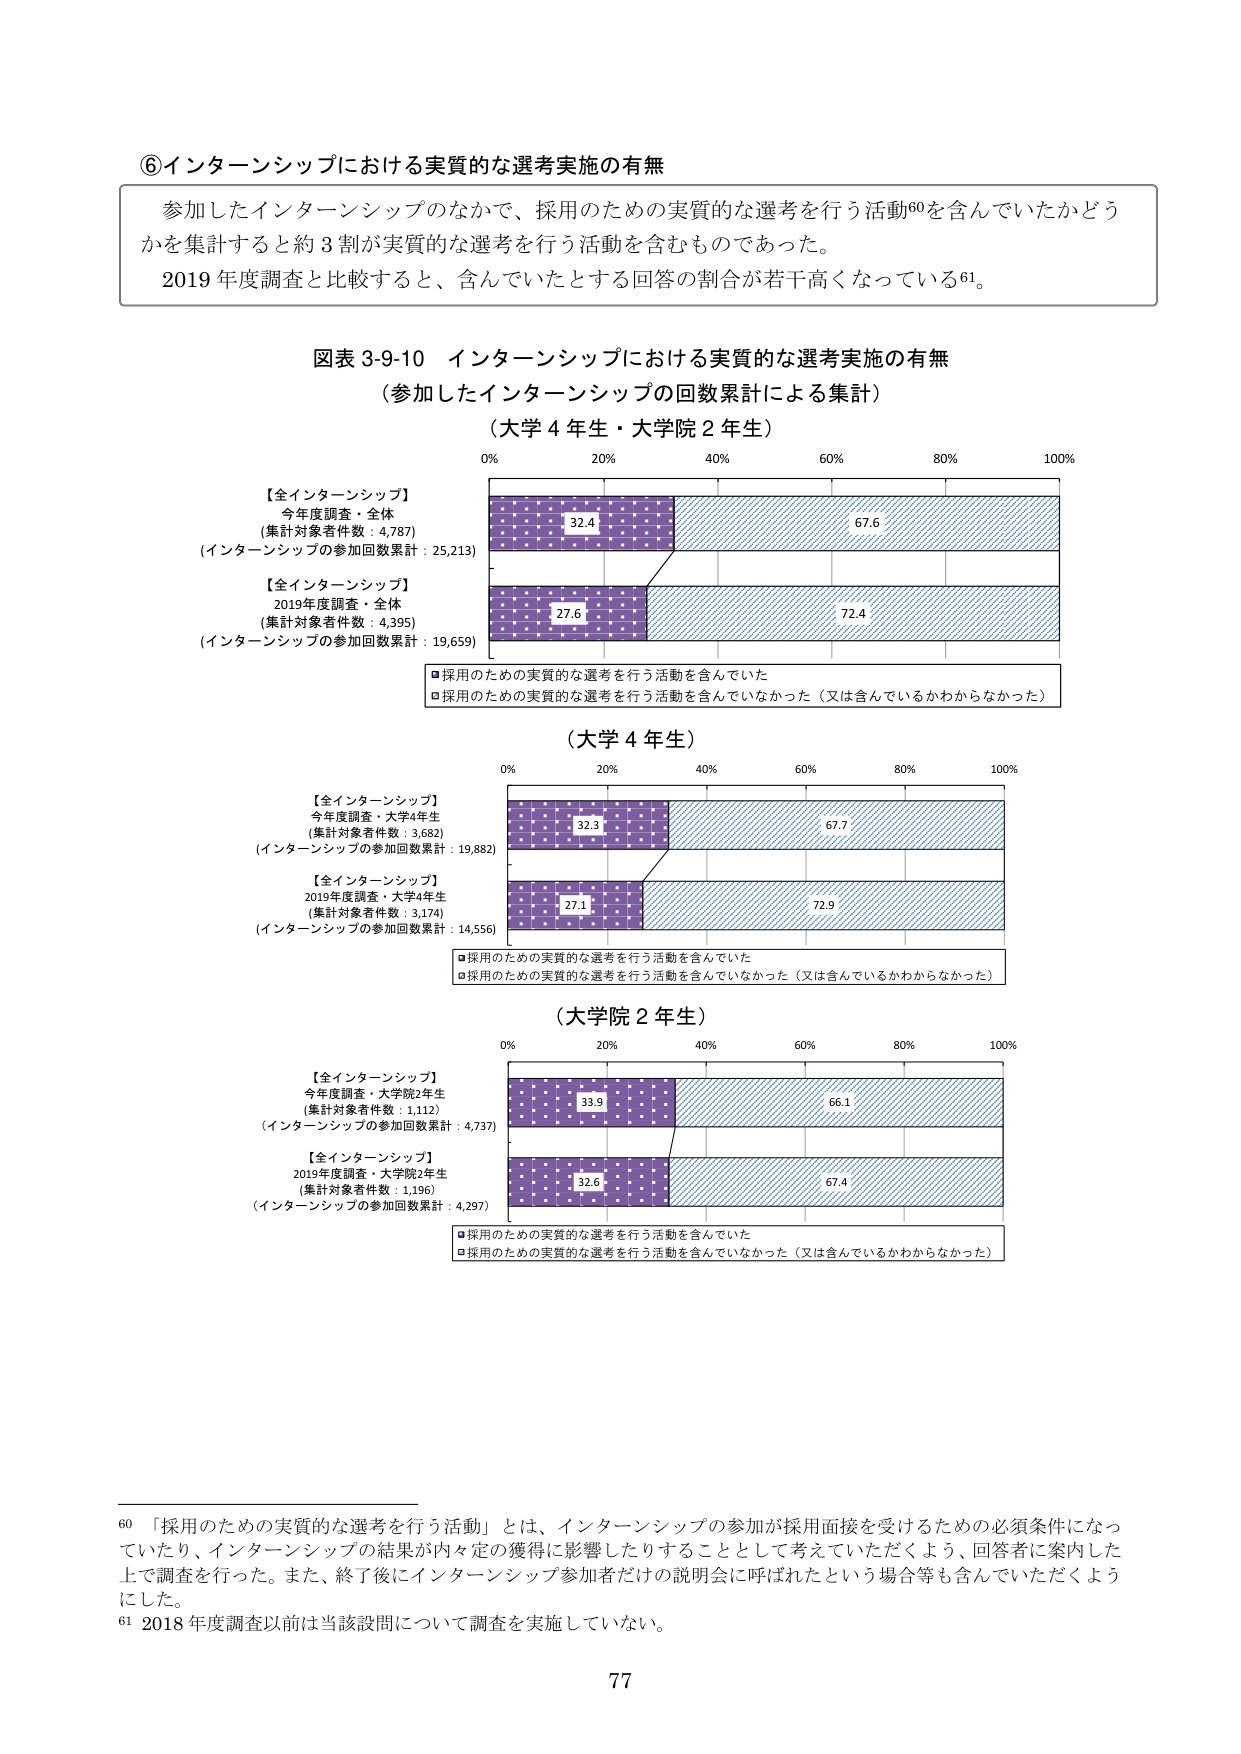
⑥インターンシップにおける実質的な選考実施の有無

参加したインターンシップのなかで、採用のための実質的な選考を行う活動60を含んでいたかどうかを集計すると約3割が実質的な選考を行う活動を含むものであった。
2019年度調査と比較すると、含んでいたとする回答の割合が若干高くなっている61。

図表 3-9-10 インターンシップにおける実質的な選考実施の有無
（参加したインターンシップの回数累計による集計）
（大学4年生・大学院2年生）

【全インターンシップ】
今年度調査・全体
（集計対象者件数：4,787）
（インターンシップの参加回数累計：25,213）

【全インターンシップ】
2019年度調査・全体
（集計対象者件数：4,395）
（インターンシップの参加回数累計：19,659）

■採用のための実質的な選考を行う活動を含んでいた
■採用のための実質的な選考を行う活動を含んでいなかった（又は含んでいるかわからなかった）

（大学4年生）

【全インターンシップ】
今年度調査・大学4年生
（集計対象者件数：3,682）
（インターンシップの参加回数累計：19,882）

【全インターンシップ】
2019年度調査・大学4年生
（集計対象者件数：3,174）
（インターンシップの参加回数累計：14,556）

■採用のための実質的な選考を行う活動を含んでいた
■採用のための実質的な選考を行う活動を含んでいなかった（又は含んでいるかわからなかった）

（大学院2年生）

【全インターンシップ】
今年度調査・大学院2年生
（集計対象者件数：1,112）
（インターンシップの参加回数累計：4,737）

【全インターンシップ】
2019年度調査・大学院2年生
（集計対象者件数：1,196）
（インターンシップの参加回数累計：4,297）

■採用のための実質的な選考を行う活動を含んでいた
■採用のための実質的な選考を行う活動を含んでいなかった（又は含んでいるかわからなかった）

60 「採用のための実質的な選考を行う活動」とは、インターンシップの参加が採用面接を受けるための必須条件になっていたり、インターンシップの結果が内々定の獲得に影響したりすることとして考えていただくよう、回答者に案内した上で調査を行った。また、終了後にインターンシップ参加者だけの説明会に呼ばれたという場合等も含んでいただくようにした。
61 2018年度調査以前は当該設問について調査を実施していない。

77